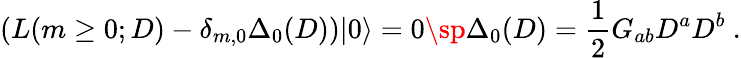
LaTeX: (L(m\geq 0;D)-\delta_{m,0}\Delta_{0}(D))|0\rangle=0\sp\Delta_{0}(D)=\frac{1}{2}G_{ab}D^{a}D^{b}\ .